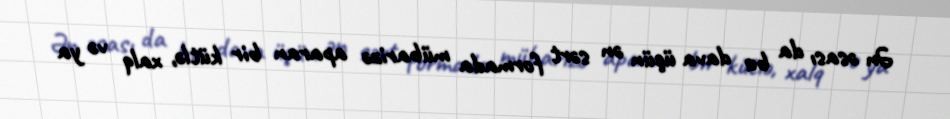
Ən əsası da bu dava üçün ən sərt formada mübarizə aparan bir kütlə, xalq və ya